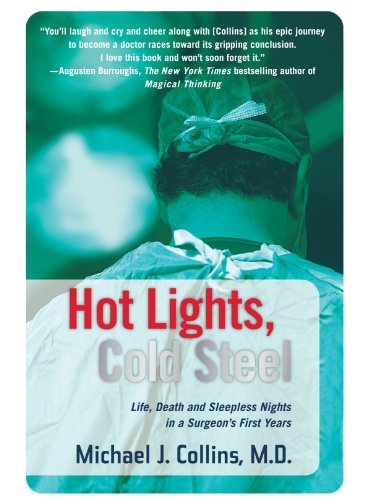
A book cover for Hot Lights, Cold Steel: Life, Death and Sleepless Nights in a Surgeon's First Years; Michael J. Collins; Medical Books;